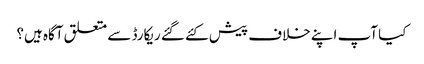
کیا آپ اپنے خلاف پیش کئے گئے ریکارڈ سے متعلق آگاہ ہیں؟